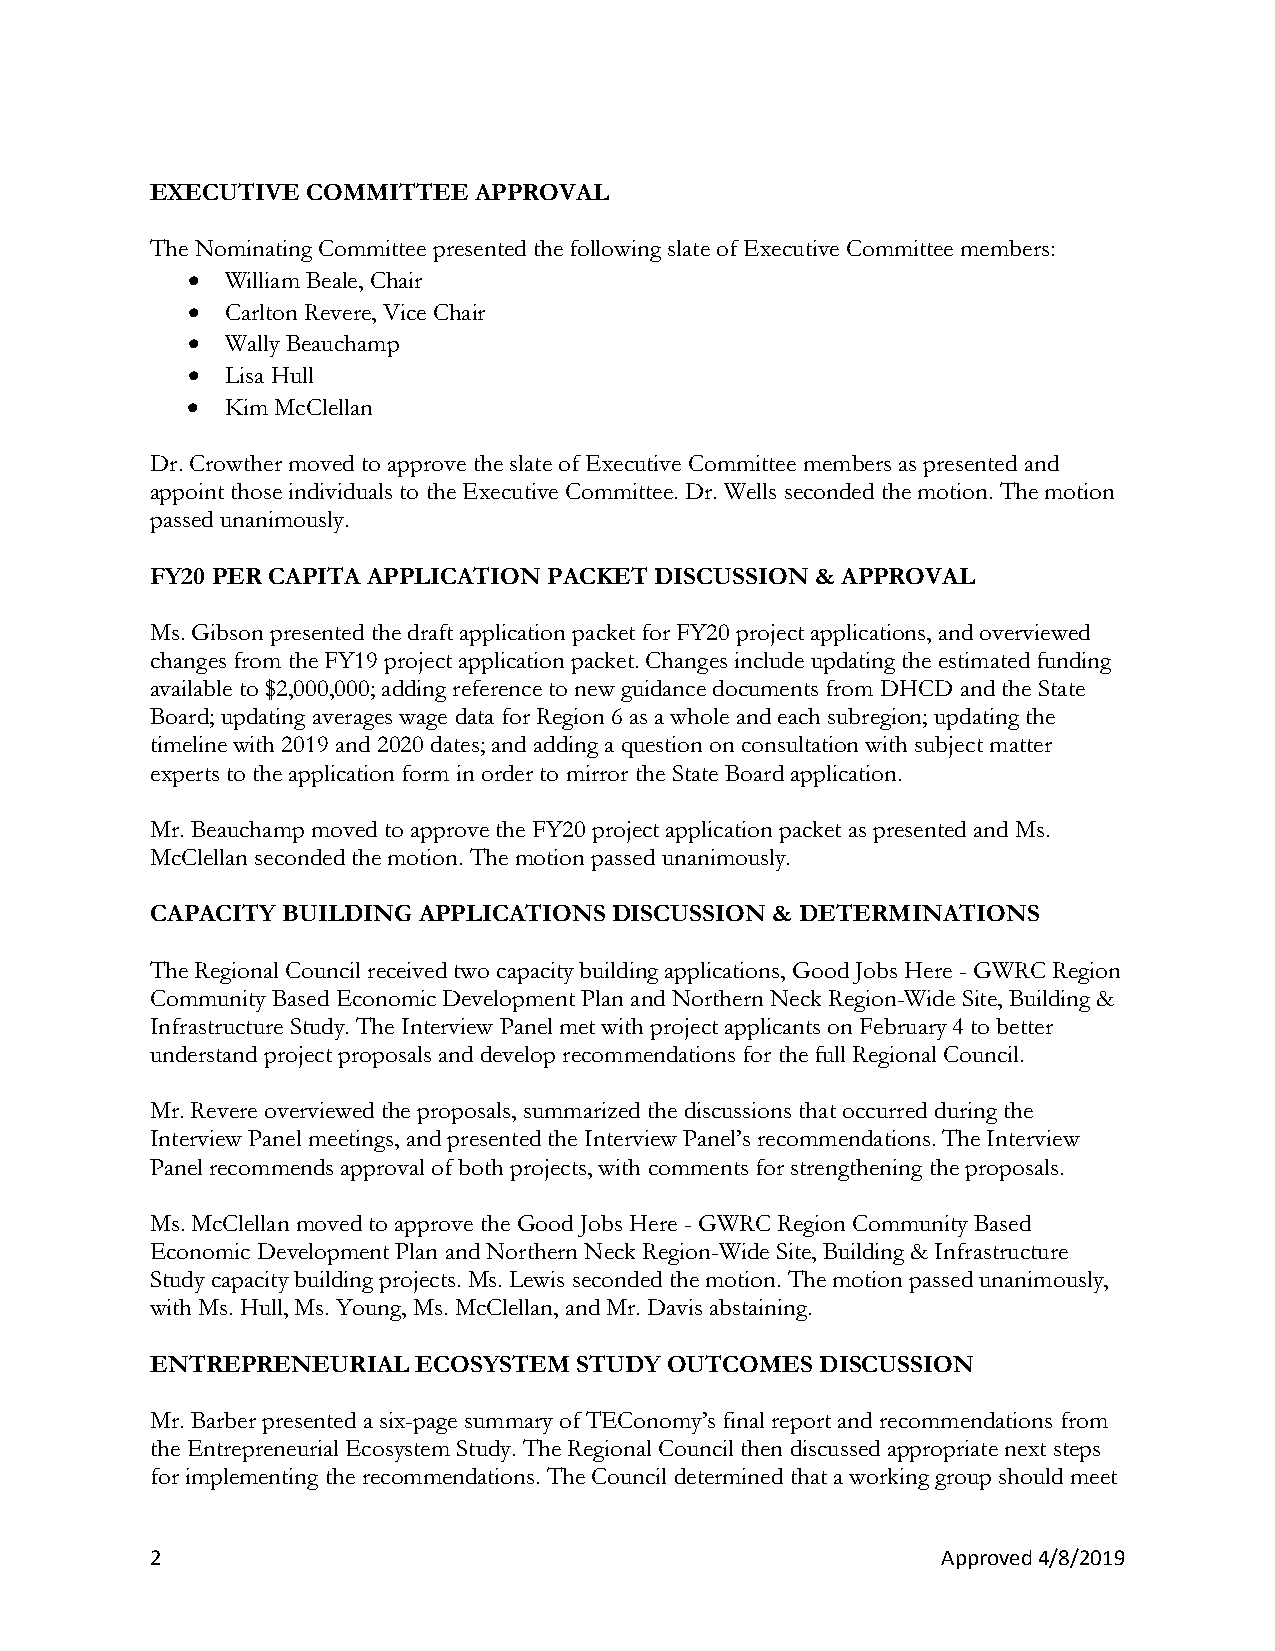
EXECUTIVE COMMITTEE  APPROVAL
 The Nominating Committee presented the following slate of Executive Committee members:
 •  William Beale, Chair
 •  Carlton Revere, Vice Chair
 •  Wally Beauchamp
 •  Lisa Hull
 •  Kim McClellan
 Dr. Crowther moved to approve the slate of Executive Committee members as presented and
 appoint those individuals to the Executive Committee. Dr. Wells seconded the motion. The motion
 passed unanimously.
 FY20 PER CAPITA APPLICATION PACKET DISCUSSION & APPROVAL
 Ms. Gibson presented the draft application packet for FY20 project applications, and overviewed
 changes from the FY19 project application packet. Changes include updating the estimated funding
 available to $2,000,000; adding reference to new guidance documents from DHCD and the State
 Board; updating averages wage data for Region 6 as a whole and each subregion; updating the
 timeline with 2019 and 2020 dates; and adding a question on consultation with subject matter
 experts to the application form in order to mirror the State Board application.
 Mr. Beauchamp moved to approve the FY20 project application packet as presented and Ms.
 McClellan seconded the motion. The motion passed unanimously.
 CAPACITY BUILDING APPLICATIONS DISCUSSION & DETERMINATIONS
 The Regional Council received two capacity building applications, Good Jobs Here - GWRC Region
 Community Based Economic Development Plan and Northern Neck Region-Wide Site, Building &
 Infrastructure Study. The Interview Panel met with project applicants on February 4 to better
 understand project proposals and develop recommendations for the full Regional Council.
 Mr. Revere overviewed the proposals, summarized the discussions that occurred during the
 Interview Panel meetings, and presented the Interview Panel’s recommendations. The Interview
 Panel recommends approval of both projects, with comments for strengthening the proposals.
 Ms. McClellan moved to approve the Good Jobs Here - GWRC Region Community Based
 Economic Development Plan and Northern Neck Region-Wide Site, Building & Infrastructure
 Study capacity building projects. Ms. Lewis seconded the motion. The motion passed unanimously,
 with Ms. Hull, Ms. Young, Ms. McClellan, and Mr. Davis abstaining.
 ENTREPRENEURIAL   ECOSYSTEM STUDY OUTCOMES  DISCUSSION
 Mr. Barber presented a six-page summary of TEConomy’s final report and recommendations from
 the Entrepreneurial Ecosystem Study. The Regional Council then discussed appropriate next steps
 for implementing the recommendations. The Council determined that a working group should meet
 2                                                   Approved 4/8/2019